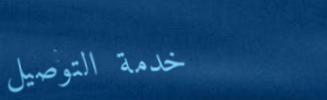
خدمة التوصيل